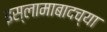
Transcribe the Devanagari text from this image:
इस्लामाबादच्या